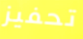
تحفيز